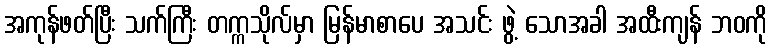
အကုန်ဖတ်ပြီး သက်ကြီး တက္ကသိုလ်မှာ မြန်မာစာပေ အသင်း ဖွဲ့ သောအခါ အထီးကျန် ဘဝကို